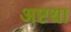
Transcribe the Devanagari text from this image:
अष्टधा